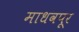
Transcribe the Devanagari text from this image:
माधवपूर